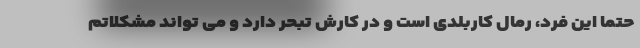
حتما این فرد، رمال کاربلدی است و در کارش تبحر دارد و می تواند مشکلاتم